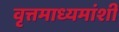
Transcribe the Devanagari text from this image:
वृत्तमाध्यमांशी